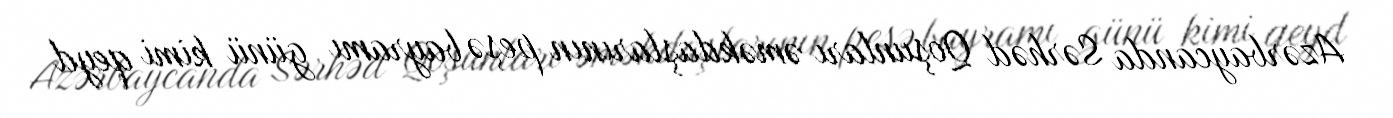
Azərbaycanda Sərhəd Qoşunları əməkdaşlarının peşə bayramı günü kimi qeyd